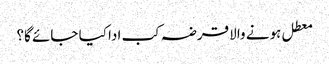
معطل ہونے والا قرضہ کب ادا کیا جائے گا؟